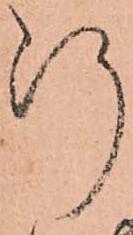
断